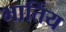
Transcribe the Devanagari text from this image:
भार्तिय